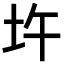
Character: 𡉦